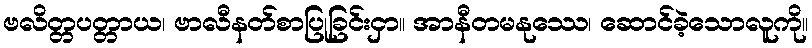
ဗလိတ္တပတ္တာယ၊ ဗာလီနတ်စာပြုခြင်းငှာ။ အာနီတမနုဿေ၊ ဆောင်ခဲ့သောလူကို။